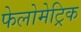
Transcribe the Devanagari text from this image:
फेलोमेट्रिक